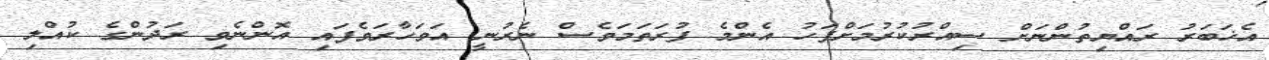
އެޚަބަރު ރައްޔިތުންނަށް ސިއްރުކުރުމަށްފަހު އެންމެ ފުރަތަމަވެސް ނެރުނީ އަވަހާރަވެފައި އޮންނެވި ރަދުންގެ ކުއްލި